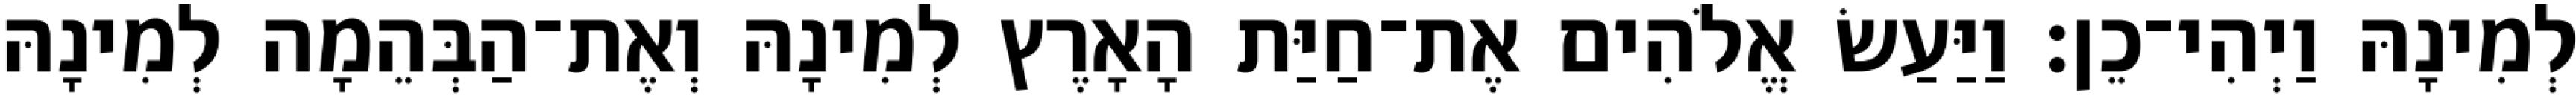
לְמִינָהּ וַיְהִי־כֵן׃ וַיַּעַשׂ אֱלֹהִים אֶת־חַיַּת הָאָרֶץ לְמִינָהּ וְאֶת־הַבְּהֵמָה לְמִינָהּ